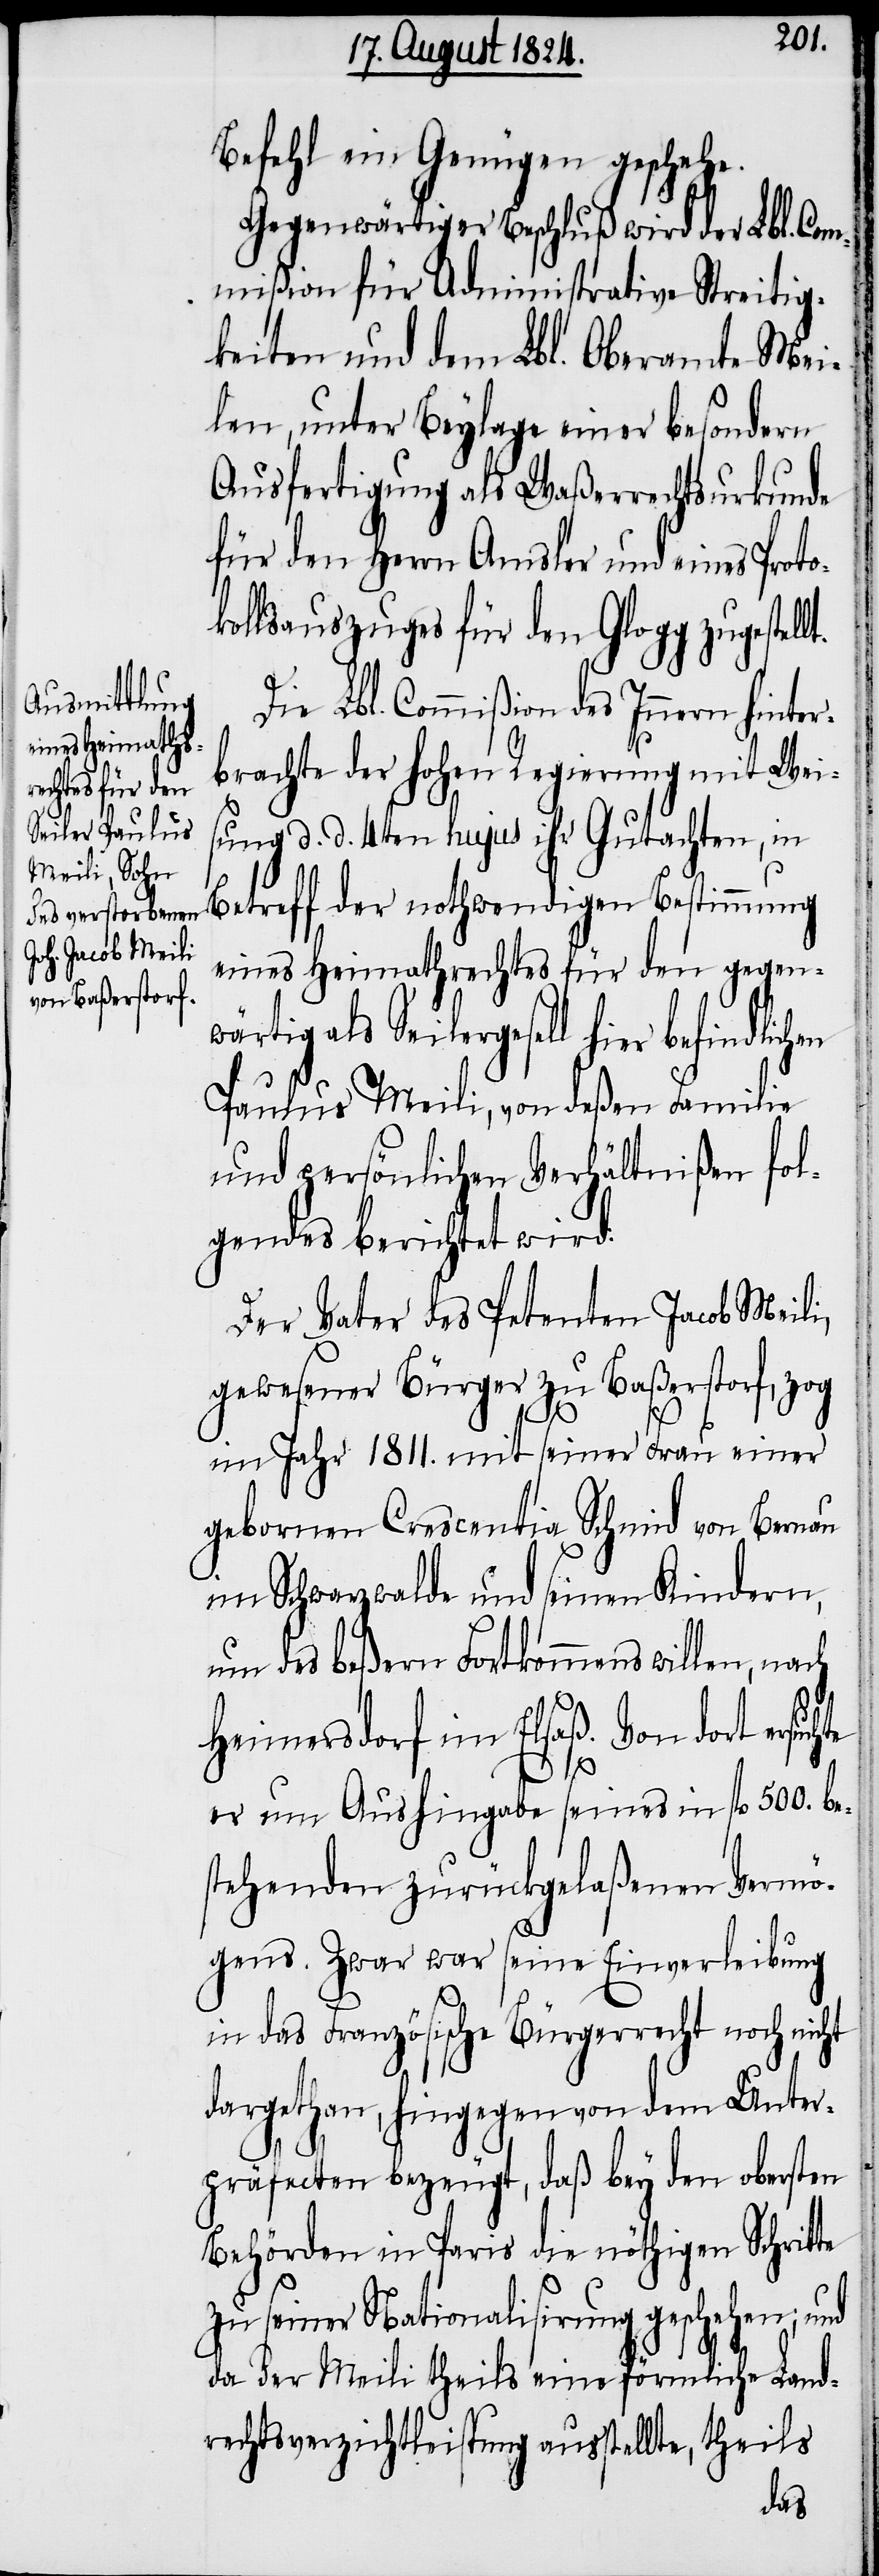
Befehl ein Genügen geschehe.
Gegenwärtiger Beschluß wird der Lbl. Com¬
mißion für Administrative Streitig¬
keiten und dem Lbl. Oberamte Mei¬
len, unter Beylage einer besondern
Ausfertigung als Waßerrechtsurkunde
für den Herrn Amsler und eines Proto¬
kollsauszuges für den Glogg zugestel¬
Die Lbl. Commißion des Innern hinter¬
brachte der hohen Regierung mit Wei¬
sung d. d. 4ten hujus ihr Gutachten, in
Betreff der nothwendigen Bestimmung
eines Heimathrechtes für den gegen¬
wärtig als Seilergesell hier
Paulus Meili, von deßen Familie
und persönlichen Verhältnißen fol¬
gendes berichtet wird:
Der Vater des Petenten Jacob Meili,
gewesener Bürger zu Baßerstorf, zog
im Jahr 1811. mit seiner Frau einer
gebornen Crescentia Schmid von Bernau
im Schwarzwalde und seinen Kindern,
um des beßern Fortkommens willen, nach
Heimersdorf im Elsaß. Von dort ersuch¬
te
er um Aushingabe seines in fl 500. be¬
stehenden zurückgelaßenen Vermö¬
gens. Zwar war seine Einverleibung
in das Französische Bürgerrecht noch nicht
dargethan, hingegen von dem Unter¬
präfecten bezeugt, daß bey den obersten
Behörden in Paris die nöthigen Schritte
zu seiner Nationalisirung geschehen; und
da der Meili theils eine förmliche Land¬
rechtsverzichtleistung ausstellte, theils